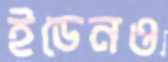
ইডেনও